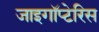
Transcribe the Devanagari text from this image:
जाइगॉप्टेरिस